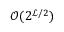
\mathcal { O } ( 2 ^ { { \scriptstyle \mathscr { L } } / 2 } )